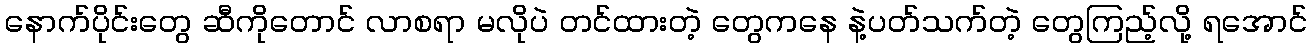
နောက်ပိုင်းတွေ ဆီကိုတောင် လာစရာ မလိုပဲ တင်ထားတဲ့ တွေကနေ နဲ့ပတ်သက်တဲ့ တွေကြည့်လို့ ရအောင်